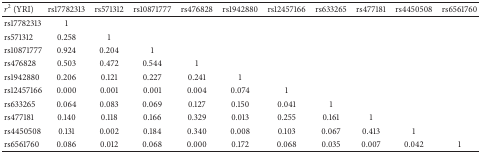
<table><thead><tr><td><b><i>r</i><sup>2</sup> (YRI)</b></td><td><b>rs17782313</b></td><td><b>rs571312</b></td><td><b>rs10871777</b></td><td><b>rs476828</b></td><td><b>rs1942880</b></td><td><b>rs12457166</b></td><td><b>rs633265</b></td><td><b>rs477181</b></td><td><b>rs4450508</b></td><td><b>rs6561760</b></td></tr></thead><tbody><tr><td>rs17782313</td><td>1</td><td> </td><td> </td><td> </td><td> </td><td> </td><td> </td><td> </td><td> </td><td> </td></tr><tr><td>rs571312</td><td>0.258</td><td>1</td><td> </td><td> </td><td> </td><td> </td><td> </td><td> </td><td> </td><td> </td></tr><tr><td>rs10871777</td><td>0.924</td><td>0.204</td><td>1</td><td> </td><td> </td><td> </td><td> </td><td> </td><td> </td><td> </td></tr><tr><td>rs476828</td><td>0.503</td><td>0.472</td><td>0.544</td><td>1</td><td> </td><td> </td><td> </td><td> </td><td> </td><td> </td></tr><tr><td>rs1942880</td><td>0.206</td><td>0.121</td><td>0.227</td><td>0.241</td><td>1</td><td> </td><td> </td><td> </td><td> </td><td> </td></tr><tr><td>rs12457166</td><td>0.000</td><td>0.001</td><td>0.001</td><td>0.004</td><td>0.074</td><td>1</td><td> </td><td> </td><td> </td><td> </td></tr><tr><td>rs633265</td><td>0.064</td><td>0.083</td><td>0.069</td><td>0.127</td><td>0.150</td><td>0.041</td><td>1</td><td> </td><td> </td><td> </td></tr><tr><td>rs477181</td><td>0.140</td><td>0.118</td><td>0.166</td><td>0.329</td><td>0.013</td><td>0.255</td><td>0.161</td><td>1</td><td> </td><td> </td></tr><tr><td>rs4450508</td><td>0.131</td><td>0.002</td><td>0.184</td><td>0.340</td><td>0.008</td><td>0.103</td><td>0.067</td><td>0.413</td><td>1</td><td> </td></tr><tr><td>rs6561760</td><td>0.086</td><td>0.012</td><td>0.068</td><td>0.000</td><td>0.172</td><td>0.068</td><td>0.035</td><td>0.007</td><td>0.042</td><td>1</td></tr></tbody></table>